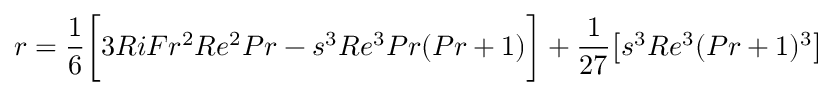
r = \frac { 1 } { 6 } \bigg [ 3 R i F r ^ { 2 } R e ^ { 2 } P r - s ^ { 3 } R e ^ { 3 } P r ( P r + 1 ) \bigg ] + \frac { 1 } { 2 7 } \big [ s ^ { 3 } R e ^ { 3 } ( P r + 1 ) ^ { 3 } \big ]